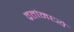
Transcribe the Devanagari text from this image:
व्रतांमध्ये